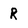
Character: R